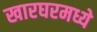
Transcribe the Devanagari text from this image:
खारघरमध्ये